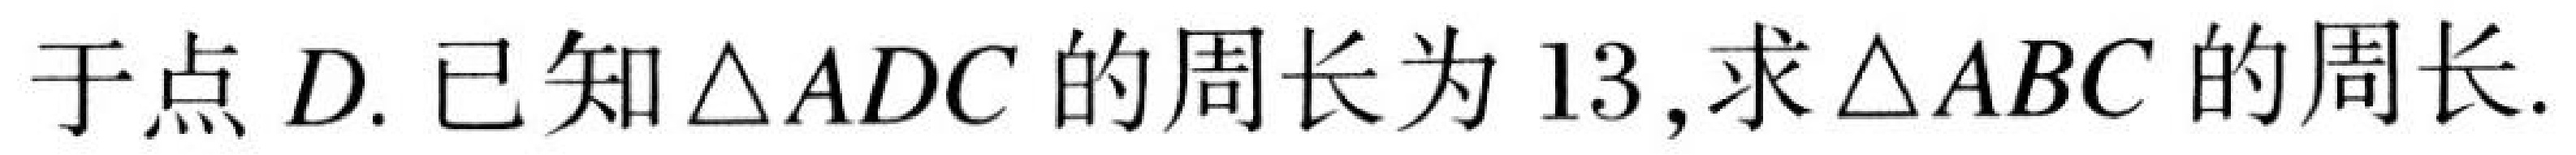
于点\(D\). 已知\(\triangle ADC\)的周长为\(13\),求\(\triangle ABC\)的周长.